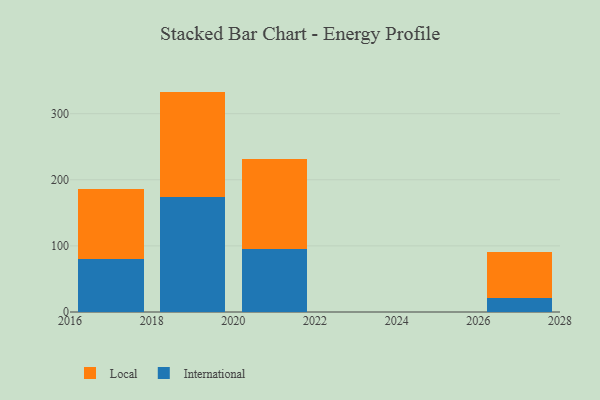
{"axis": {"x": "Year", "y": "Latency (ms)"}, "legend": ["International", "Local"], "data": [{"x": "2017", "y": 80.1, "type": "International"}, {"x": "2017", "y": 105.8, "type": "Local"}, {"x": "2021", "y": 94.8, "type": "International"}, {"x": "2021", "y": 137.2, "type": "Local"}, {"x": "2027", "y": 21.5, "type": "International"}, {"x": "2027", "y": 69.1, "type": "Local"}, {"x": "2019", "y": 173.7, "type": "International"}, {"x": "2019", "y": 159.7, "type": "Local"}]}